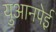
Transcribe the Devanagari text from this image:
युआनपेई